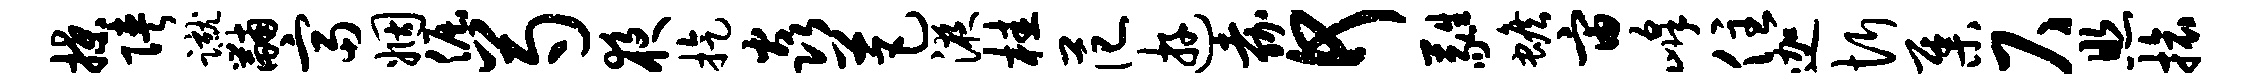
揲陕蹴黼富姻倔芍夜旋焱芭液桂范游嘉何蕤蟾宙峰住迦忻集尺照旅